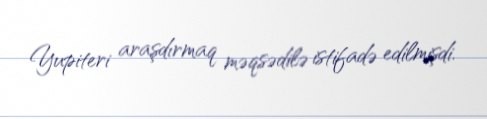
Yupiteri araşdırmaq məqsədilə istifadə edilmişdi.